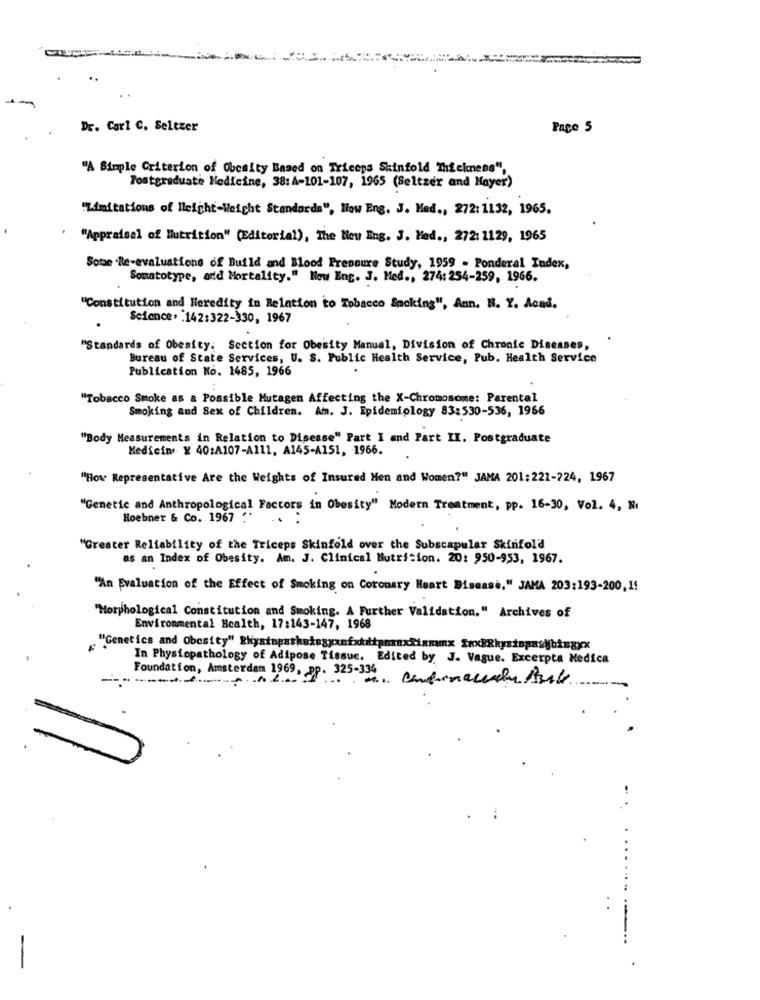
=
Dr. Carl C. Seltzer
Page 5
"A Simple Criterion of Obcaity Based on Triceps Skinfold Thickness",
Postgraduate Medicine, 38: A-101-107, 1965 (Seltzer and Mayer)
"Limitations of light-Weight Standards", Now Eng. J. Med ., 272: 1132, 1965.
"Appraisal of Nutrition" (Editorial), The Neu Eng. J. Med ., 272: 1129, 1965
Some .Re-evaluations of Build and Blood Pressure Study, 1959 - Ponderal Index,
Somatotype, and Mortality." Now Eng. J. Med ., 274: 254-259, 1966.
"Constitution and Heredity in Relation to Tobacco Smoking", Ann. N. Y. Acad.
Science. : 142:322-330, 1967
"Standards of Obesity. Section for Obesity Manual, Division of Chronic Diseases,
Bureau of State Services, U. S. Public Health Service, Pub. Health Service
Publication No. 1485, 1966
"Tobacco Smoke as & Possible Mutagen Affecting the X-Chromosome: Parental
Smoking and Sex of Children. Am. J. Epidemiology 83:530-536, 1966
"Body Measurements in Relation to Disease" Part I and Part II. Postgraduate
Medicin x 40:A107-A111, A145-A151, 1966.
"How Representative Are the Weights of Insured Men and Women?" JAMA 201:221-224, 1967
"Genetic and Anthropological Factors in Obesity" Modern Treatment, pp. 16-30, Vol. 4, N.
Hoebner & Co. 1967 **
"Greater Reliability of the Triceps Skinfold over the Subscapular Skinfold
as an Index of Obesity. Am. J. Clinical Nutrition. 20: 950-953, 1967.
"An Evaluation of the Effect of Smoking on Coronary Heart Disease," JAMA 203:193-200,1!
"Morphological Constitution and Smoking. A Further Validation." Archives of
Environmental Health, 17:143-147, 1968
In Physiopathology of Adipose Tissue, Edited by J. Vague. Excerpta Medica
Foundation, Amsterdam 1969, pp. 325-334
......-